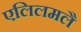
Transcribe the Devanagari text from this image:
एलिलमलै